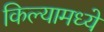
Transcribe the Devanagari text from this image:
किल्यामध्ये